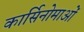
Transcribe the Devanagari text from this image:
कार्सिनोमाओं